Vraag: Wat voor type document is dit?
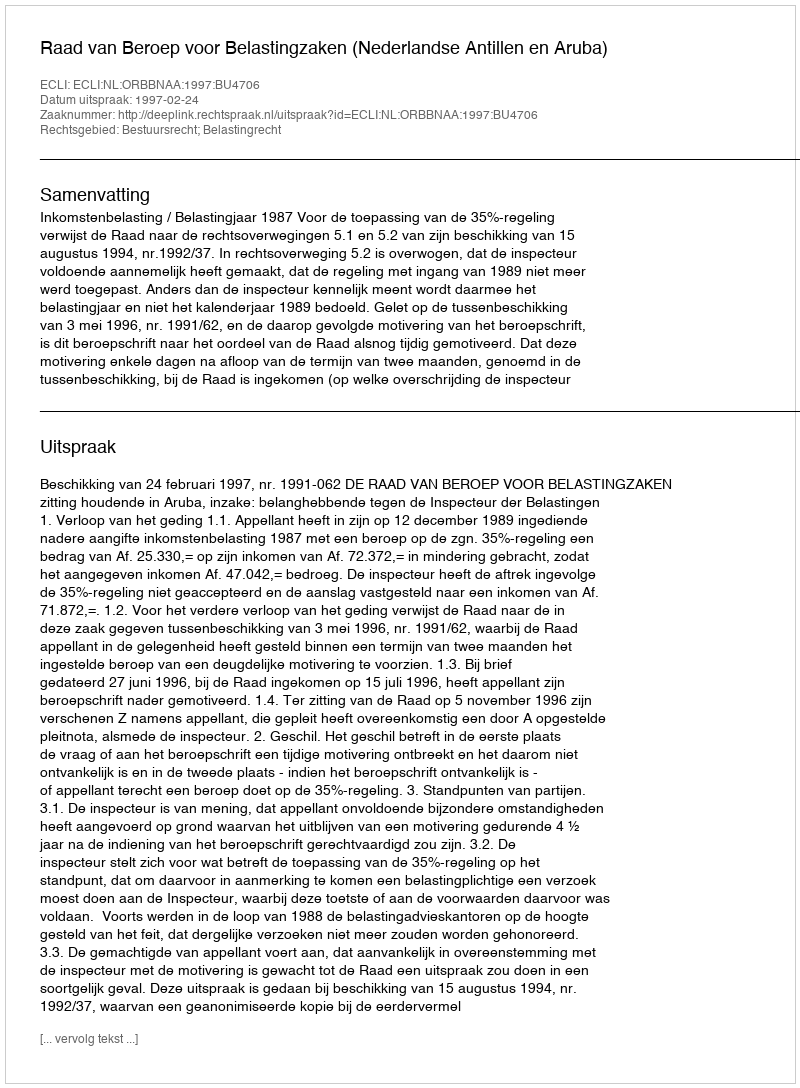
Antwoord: Uitspraak